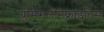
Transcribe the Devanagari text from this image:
ग्लोमेरूलोनेफ्राइटिस